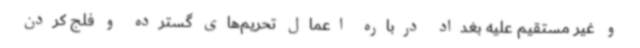
و غیر مستقیم علیه بغداد درباره اعمال تحریم‌های گسترده و فلج کردن